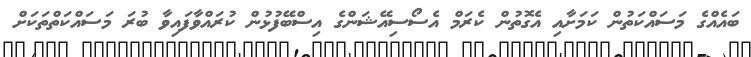
ބައެއްގެ މަސައްކަތުން ކަމަށާއި އެގޮތުން ކެރަމް އެސޯސިއޭޝަންގެ އިސްބޭފުޅުން ކުރައްވާފައިވާ ބުރަ މަސައްކަތްތަކަށް